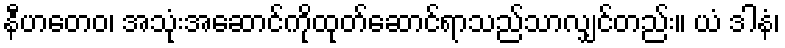
နီဟတေဝ၊ အသုံးအဆောင်ကိုထုတ်ဆောင်ရာသည်သာလျှင်တည်း။ ယံ ဒါနံ၊